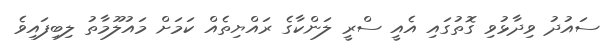
ސައުދު ވިދާޅުވި ގޮތުގައި އެއީ ސްރީ ލަންކާގެ ރައްޔިތެއް ކަމަށް މައުލޫމާތު ލިބިފައިވެ